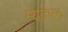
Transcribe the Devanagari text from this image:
म्यदाल